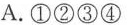
A. ①②③④